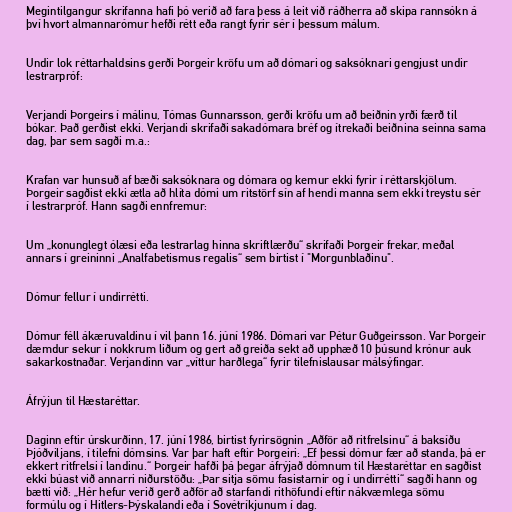
Megintilgangur skrifanna hafi þó verið að fara þess á leit við ráðherra að skipa rannsókn á
því hvort almannarómur hefði rétt eða rangt fyrir sér í þessum málum.

Undir lok réttarhaldsins gerði Þorgeir kröfu um að dómari og saksóknari gengjust undir
lestrarpróf:

Verjandi Þorgeirs í málinu, Tómas Gunnarsson, gerði kröfu um að beiðnin yrði færð til
bókar. Það gerðist ekki. Verjandi skrifaði sakadómara bréf og ítrekaði beiðnina seinna sama
dag, þar sem sagði m.a.:

Krafan var hunsuð af bæði saksóknara og dómara og kemur ekki fyrir í réttarskjölum.
Þorgeir sagðist ekki ætla að hlíta dómi um ritstörf sín af hendi manna sem ekki treystu sér
í lestrarpróf. Hann sagði ennfremur:

Um „konunglegt ólæsi eða lestrarlag hinna skriftlærðu“ skrifaði Þorgeir frekar, meðal
annars í greininni „Analfabetismus regalis“ sem birtist í "Morgunblaðinu".

Dómur fellur í undirrétti.

Dómur féll ákæruvaldinu í vil þann 16. júní 1986. Dómari var Pétur Guðgeirsson. Var Þorgeir
dæmdur sekur í nokkrum liðum og gert að greiða sekt að upphæð 10 þúsund krónur auk
sakarkostnaðar. Verjandinn var „víttur harðlega“ fyrir tilefnislausar málsýfingar.

Áfrýjun til Hæstaréttar.

Daginn eftir úrskurðinn, 17. júní 1986, birtist fyrirsögnin „Aðför að ritfrelsinu“ á baksíðu
Þjóðviljans, í tilefni dómsins. Var þar haft eftir Þorgeiri: „Ef þessi dómur fær að standa, þá er
ekkert ritfrelsi í landinu.“ Þorgeir hafði þá þegar áfrýjað dómnum til Hæstaréttar en sagðist
ekki búast við annarri niðurstöðu: „Þar sitja sömu fasistarnir og í undirrétti“ sagði hann og
bætti við: „Hér hefur verið gerð aðför að starfandi rithöfundi eftir nákvæmlega sömu
formúlu og í Hitlers-Þýskalandi eða í Sovétríkjunum í dag.